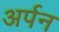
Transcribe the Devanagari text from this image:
अर्पन